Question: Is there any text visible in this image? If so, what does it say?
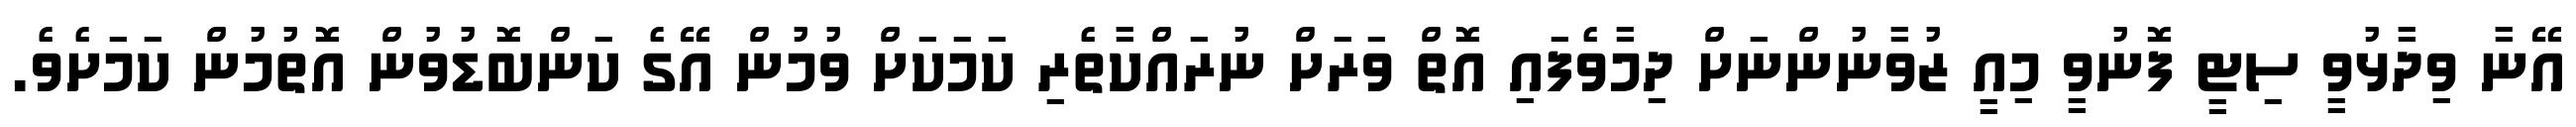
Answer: އޭނާ ވިދާޅުވީ ސިޓީ ފޮނުވީ މިއީ ޒުވާނުންނަށް ދިމާވެފައި އޮތް ވަރަށް ނުރައްކާތެރި ކަމަކަށް ވުމުން އޭގެ ކަންބޮޑުވުން އޮތުމުން ކަމަށެވެ.